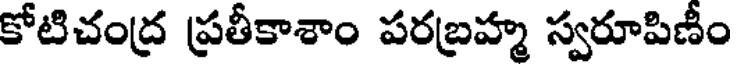
కోటిచంద్ర ప్రతీకాశాం పరబ్రహ్మ స్వరూపిణీం